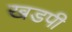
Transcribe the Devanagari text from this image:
खडपी